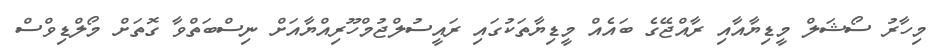
މިހާރު ސޯޝަލް މީޑިޔާއާއި ރާއްޖޭގެ ބައެއް މީޑިޔާތަކުގައި ރައީސުލްޖުމްހޫރިއްޔާއަށް ނިސްބަތްވާ ގޮތަށް މޯލްޑިވްސް